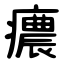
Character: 癑